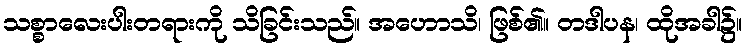
သစ္စာလေးပါးတရားကို သိခြင်းသည်။ အဟောသိ၊ ဖြစ်၏။ တဒါပန၊ ထိုအခါ၌။